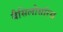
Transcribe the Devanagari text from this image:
बैसिलोसॉरस